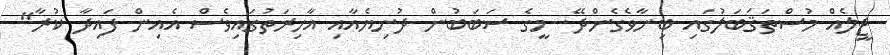
ޖީލެއް މުސްތަޤަބަލުގައި ބިނާވެގެންދޭ. މީގެ ސަބަބުން ދުނިޔެއާއި އާޚިރަތުގައިވެސް އެއިން ފައިދާ ކުރާ"